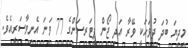
މިދިޔަ ބުދަ ދުވަހަކީ ވޭރާ އަދި ޖޯން ޕީޓަރސަންގެ 77 ވަނަ އެނިވާސަރީއެވެ.